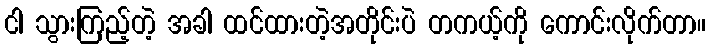
ငါ သွားကြည့်တဲ့ အခါ ထင်ထားတဲ့အတိုင်းပဲ တကယ့်ကို ကောင်းလိုက်တာ။